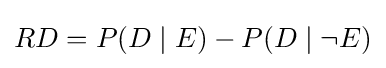
RD=P(D\mid E)-P(D\mid \neg E)